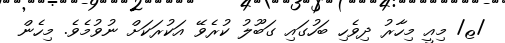
/ޱ/ މިއީ މިހާރު ދިވެހި ބަހުގައި ގަބޫލު ކުރެވޭ އަކުރަކަށް ނުވުމެވެ. މިހެން